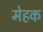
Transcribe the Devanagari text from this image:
मेहक